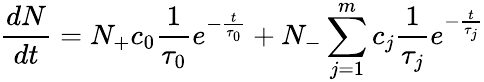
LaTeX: \frac{dN}{dt}=N_{+}c_{0}\frac{1}{\tau_{0}}e^{-\frac{t}{\tau_{0}}}+N_{-}\sum_{j=1}^{m}c_{j}\frac{1}{\tau_{j}}e^{-\frac{t}{\tau_{j}}}